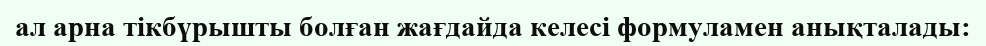
ал арна тікбүрышты болған жағдайда келесі формуламен анықталады: